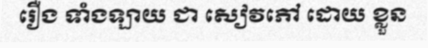
រឿង ទាំងឡាយ ជា សៀវភៅ ដោយ ខ្លួន